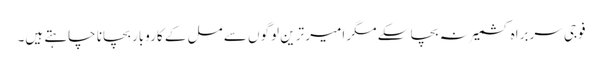
فوجی سربراہ کشمیر نہ بچا سکے مگر امیر ترین لوگوں سے مل کے کاروبار بچانا چاہتے ہیں۔